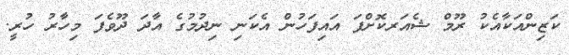
ކަޒިންއަކާއެކު ރޫމް ޝެއަރކޮށްފަ އައިފަހުން އެކަނި ނިދުމުގެ އާދަ ދޫވެފަ މިހާރު ހުރީ.